Civil Veterinary Department. Madras. Admin. report 1926-33 - 1926-1933
Year: 1926
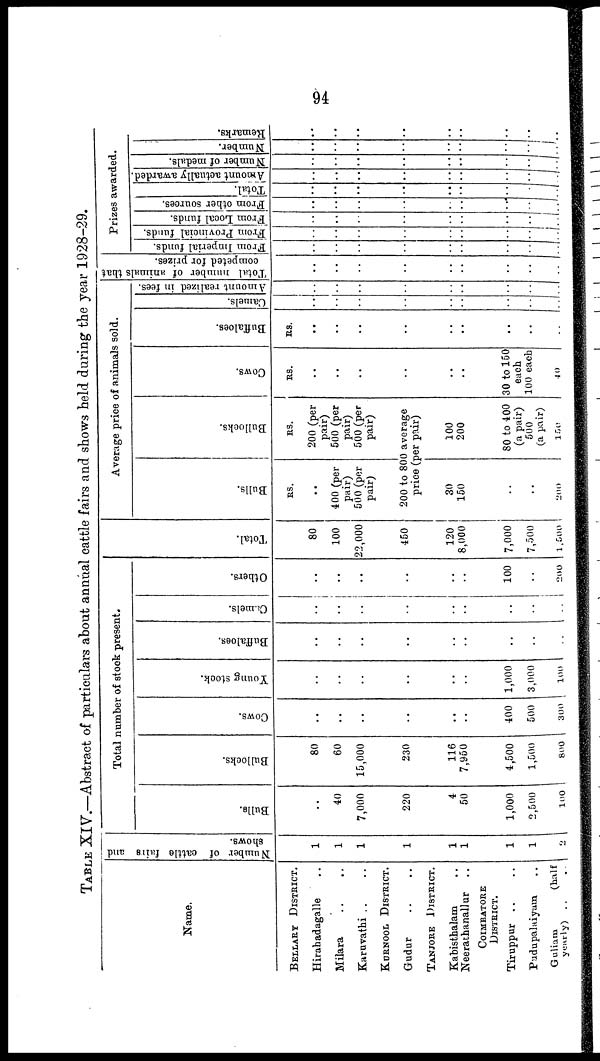
94
TABLE XIV.—Abstract of particulars about annual cattle fairs and shows held during the year 1928-29.
Name.
BELLARY DISTRICT.
Hirahadagalle ..
Milara .. ..
Karuvathi .. ..
KURNOOL DISTRICT.
Gudur .. ..
TANJORE
DISTRICT.
Kabisthalam ..
Neerathanallur ..
COIMBATORE
DISTRICT.
Tiruppur .. ..
Pudupalaiyam ..
Guliam
(half
yearly) .. ..
Number of cattle fairs and
Shows.
1
1
1
1
1
1
1
1
2
Total number of stock present.
Bulls.
..
40
7,000
220
4
50
1,000
2,500
100
Bullocks.
80
60
15,000
230
116
7,950
4,500
1,500
800
Cows.
..
..
..
..
..
..
400
500
300
Young stock.
..
..
..
..
..
..
1,000
3,000
100
Buffaloes.
..
..
..
..
..
..
..
..
..
Camels.
..
..
..
..
..
..
..
..
..
Others.
..
..
..
..
..
..
100
..
200
Total.
80
100
22,000
450
120
8,000
7,000
7,500
1,500
Average price of animals sold.
Bulls.
RS.
..
400 (per
pair)
500(per
pair)
Bullocks.
RS.
200 (per
pair)
500 (per
pair)
500 (per
pair)
200 to 800 average
price (per pair)
30
150
..
..
200
100
200
80 to 400
(a pair)
500
(a pair)
150
Cows.
RS.
..
..
..
..
..
..
30 to 150
each
100 each
40
Buffaloes.
RS.
..
..
..
..
..
..
..
..
..
Ca me l
s .
..
..
..
..
..
..
..
..
..
Amount realized in fees.
..
..
..
..
..
..
..
..
..
Total number of animals that
competed for prizes.
..
..
..
..
..
..
..
..
..
Prizes awarded.
From Imperial funds.
..
..
..
..
..
..
..
..
..
From Provincial funds.
..
..
..
..
..
..
..
..
..
From Local funds.
..
..
..
..
..
..
..
..
..
From other sources.
..
..
..
..
..
..
..
..
..
Total.
..
..
..
..
..
..
..
..
..
Amount actually awarded.
..
..
..
..
..
..
..
..
..
Number of medals.
..
..
..
..
..
..
..
..
..
Number.
..
..
..
..
..
..
..
..
..
Remarks.
..
..
..
..
..
..
..
..
..